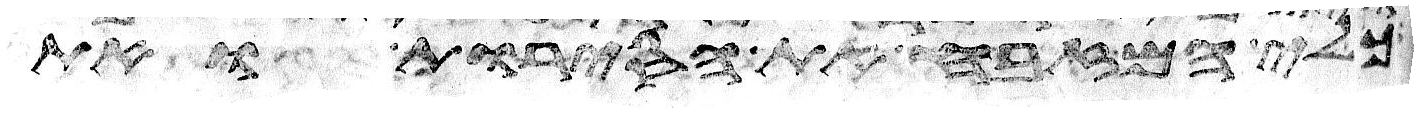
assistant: כלי המזבח את הסירות ואת